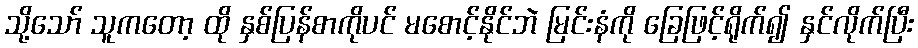
သို့သော် သူကတော့ ထို နှစ်ပြန်စာကိုပင် မစောင့်နိုင်ဘဲ မြင်းနံကို ခြေဖြင့်ရိုက်၍ နှင်လိုက်ပြီး